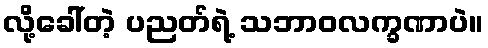
လို့ခေါ်တဲ့ ပညတ်ရဲ့ သဘာဝလက္ခဏာပဲ။